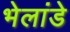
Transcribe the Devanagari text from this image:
भेलांडे